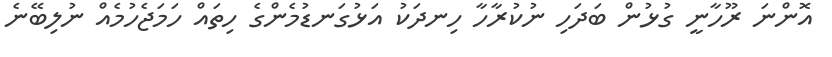
އޮންނަ ރޫހާނީ ގުޅުން ބަދަހި ނުކުރާހާ ހިނދަކު އަޅުގަނޑުމެންގެ ހިތައް ހަމަޖެހުމެއް ނުލިބޭނެ